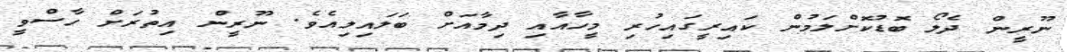
ނޫރީން ދެލޯ ބޮޑުކޮށްލަމުން ކައިރީގައިހުރި މީހާއާއި ދިމާއަށް ބަލައިލިއެވެ. ނޫރީން އިތުރަށް ހާސްވީ